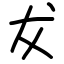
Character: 犮